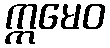
ဣမေဝ